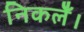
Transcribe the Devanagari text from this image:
निकलेँ।